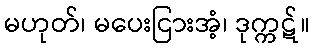
မဟုတ်၊ မပေးငြားအံ့၊ ဒုက္ကဋ်။